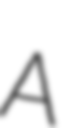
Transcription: A